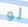
لو